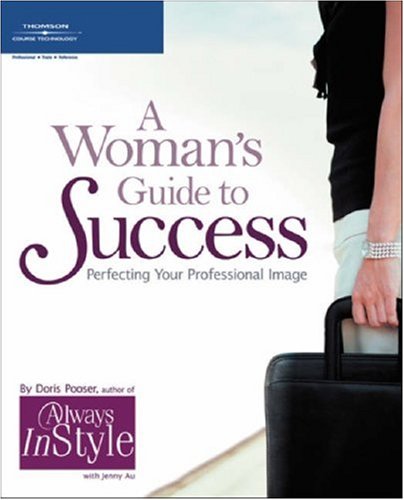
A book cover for A Woman's Guide to Success: Perfecting Your Professional Image; Doris Pooser; Business & Money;